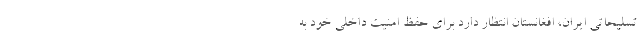
تسلیحاتی ایران، افغانستان انتظار دارد برای حفظ امنیت داخلی خود به